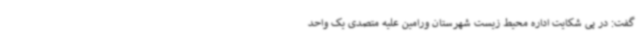
گفت: در پی شکایت اداره محیط زیست شهرستان ورامین علیه متصدی یک واحد